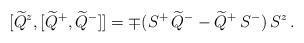
LaTeX: \begin{align*} [\widetilde{Q}^z,[\widetilde{Q}^+,\widetilde{Q}^-]] = \mp(S^+ \,\widetilde{Q}^- - \widetilde{Q}^+ \, S^-) \, S^z \, .\end{align*}